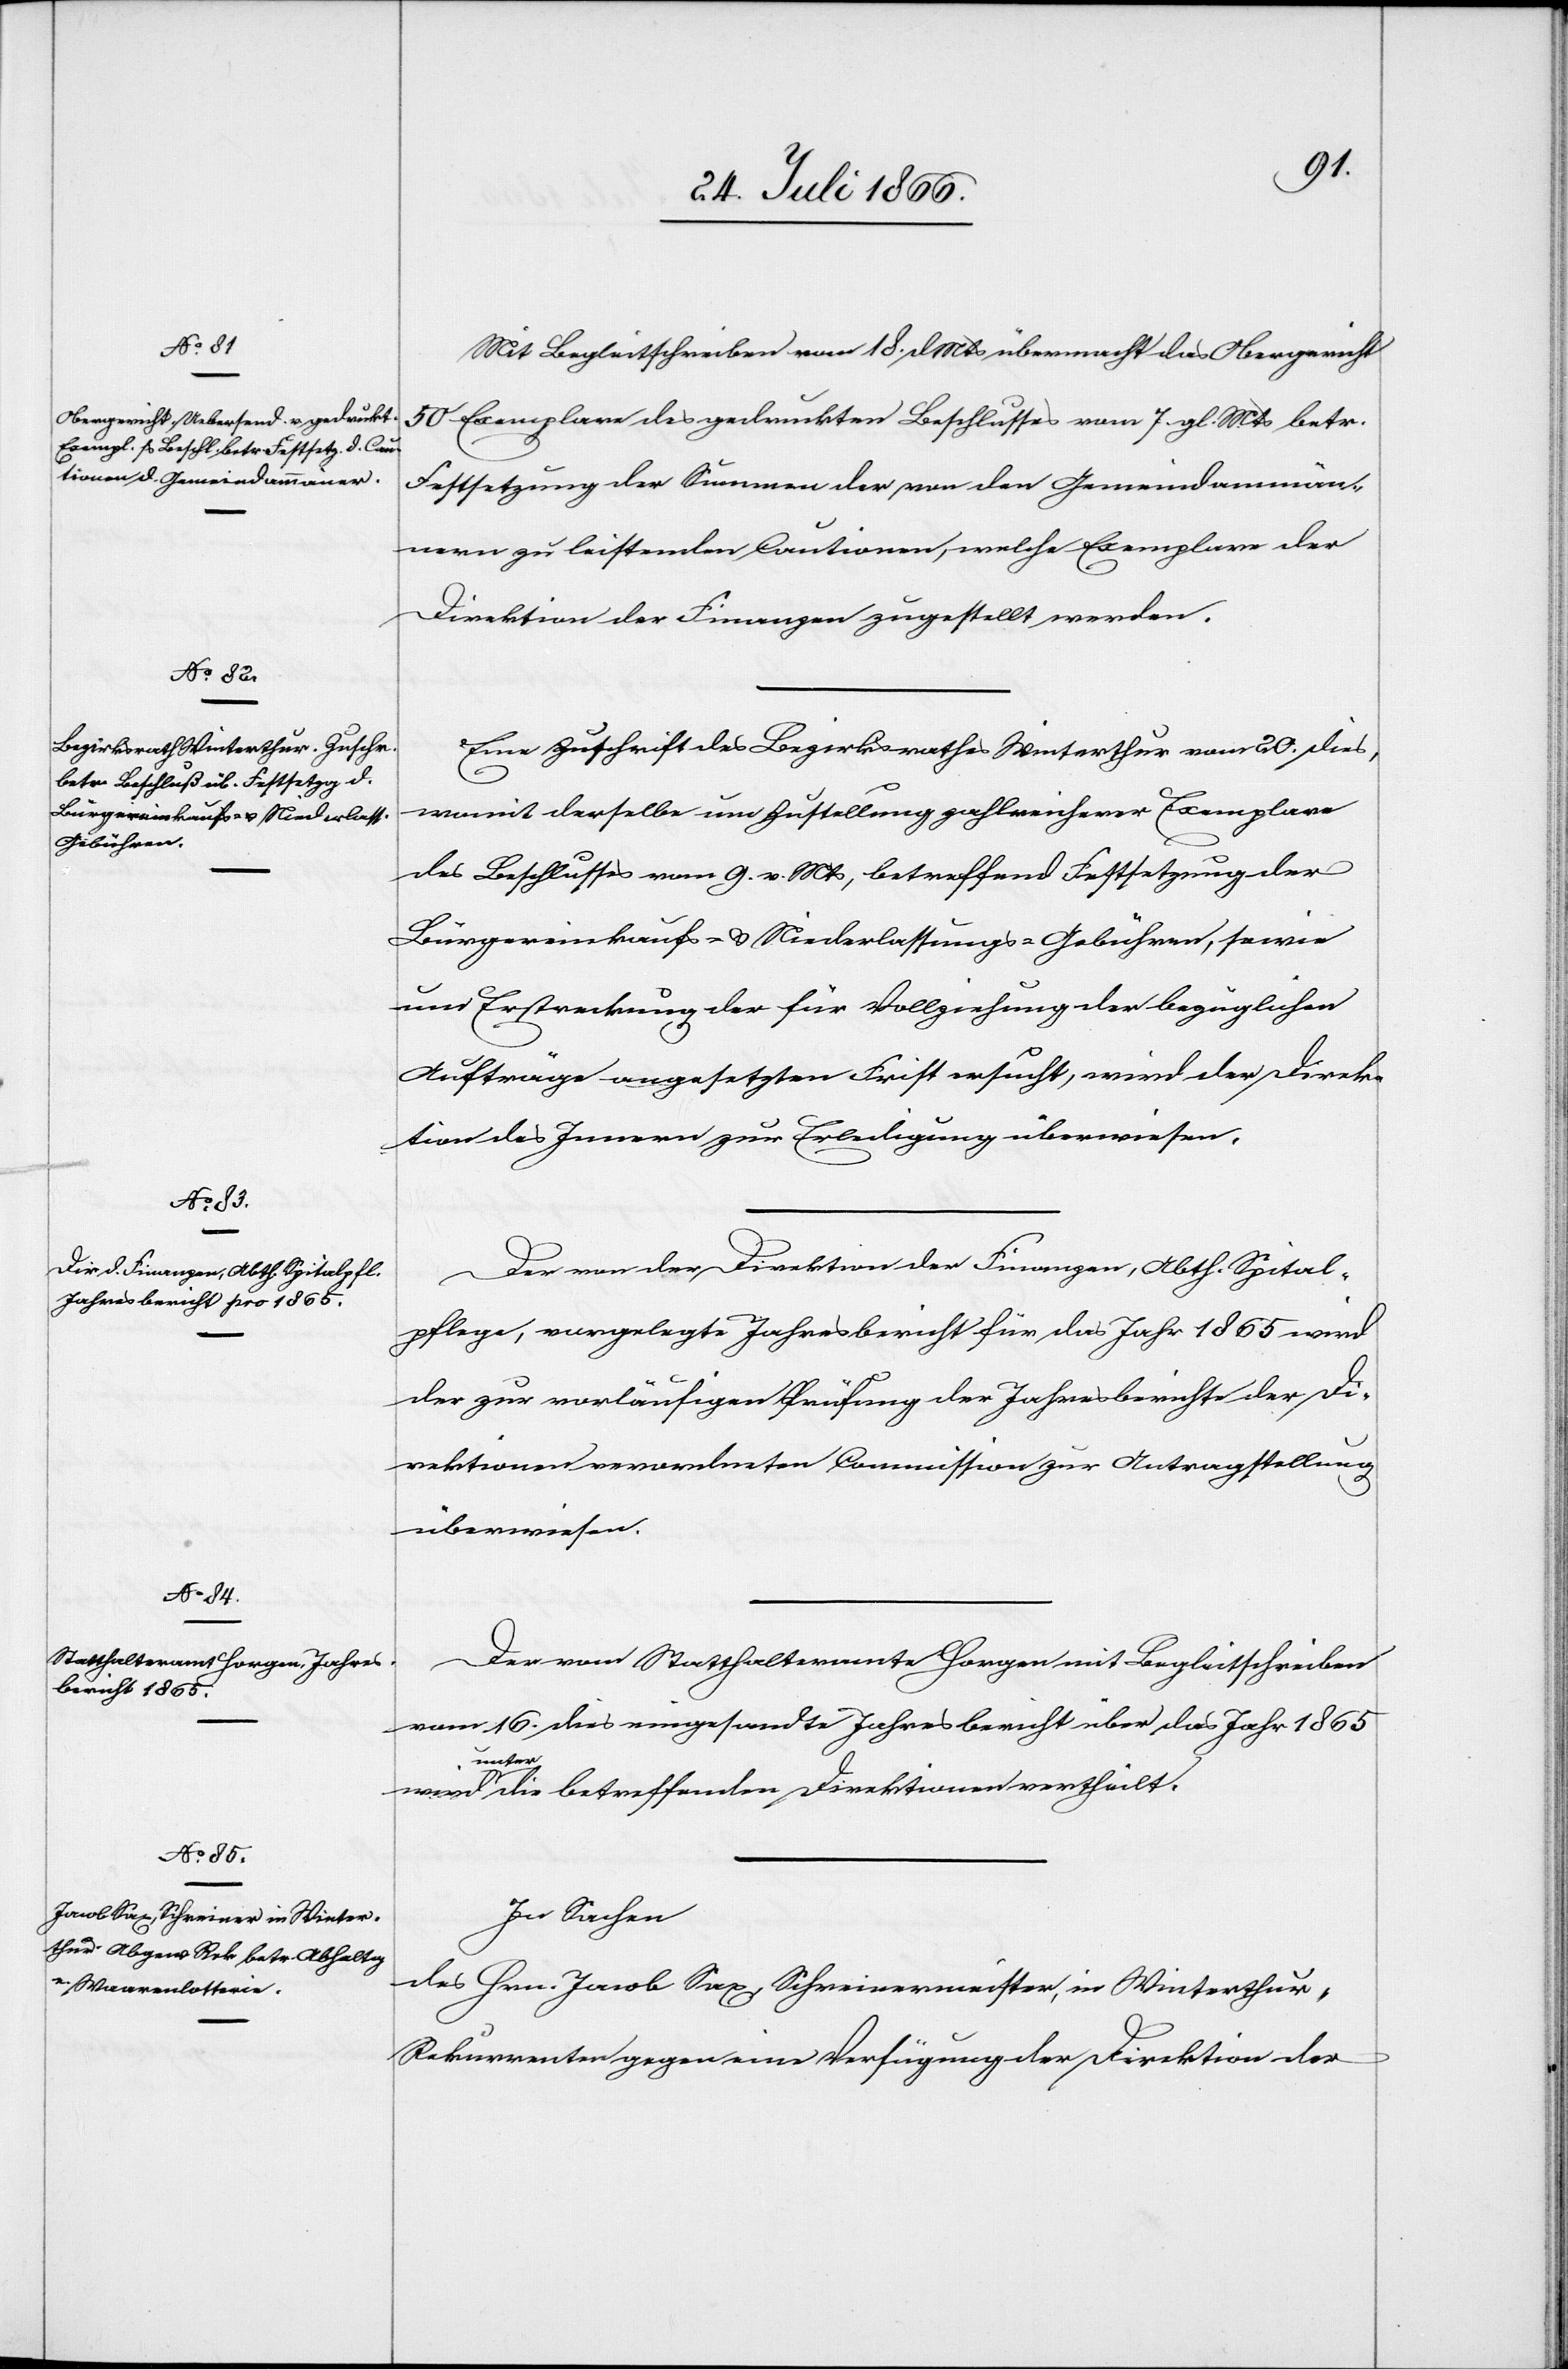
Mit Begleitschreiben vom 18. d Mts übermacht das Obergericht
50 Exemplare des gedruckten Beschlusses vom 7. gl. Mts. betr.
Festsetzung der Summen der von den Gemeindammän¬
nern zu leistenden Cautionen, welche Exemplare der
Direktion der Finanzen zugestellt werden.
Eine Zuschrift des Bezirksrathes Winterthur vom 20. dies,
womit derselbe um Zustellung zahlreicherer Exemplare
des Beschlusses vom 9. v. Mts., betreffend Festsetzung der
Bürgereinkaufs- u. Niederlassungs-Gebühren, sowie
um Erstreckung der für Vollziehung der bezüglichen
Aufträge angesetzten Frist ersucht, wird der Direk¬
tion des Innern zur Erledigung überwiesen.
Der von der Direktion der Finanzen, Abth. Spital¬
pflege, vorgelegte Jahresbericht für das Jahr 1865 wird
der zur vorläufigen Prüfung der Jahresberichte der Di¬
rektionen verordneten Commission zur Antragstellung
überwiesen.
Der vom Statthalteramt Horgen mit Begleitschreiben
vom 16. dies eingesandte Jahresbericht über das Jahr 1865
unter die bestreffenden Direktionen vertheilt.
In Sachen
des Hrn. Jacob Sax, Schreinermeister, in Winterthur,
Rekurrenten gegen eine Verfügung der Direktion der